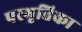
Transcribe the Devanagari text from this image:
परभृतिका